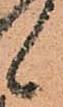
候